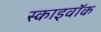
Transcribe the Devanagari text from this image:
स्काइवॉक